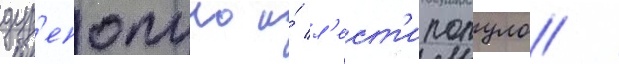
дур'епопуло и́ л'ест'ипопуло /